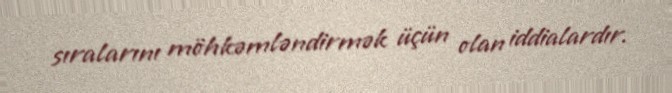
sıralarını möhkəmləndirmək üçün olan iddialardır.